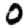
Digit: 0